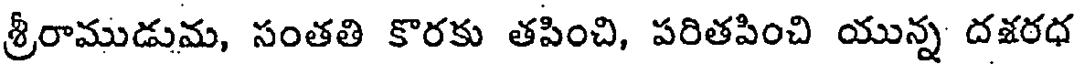
శ్రీరాముడుమ, సంతతి కొరకు తపించి, పరితపించి యున్న దశరధ